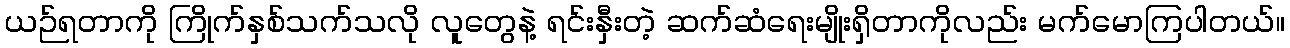
ယဉ်ရတာကို ကြိုက်နှစ်သက်သလို လူတွေနဲ့ ရင်းနှီးတဲ့ ဆက်ဆံရေးမျိုးရှိတာကိုလည်း မက်မောကြပါတယ်။